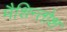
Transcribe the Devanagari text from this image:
मैशिन्तोश